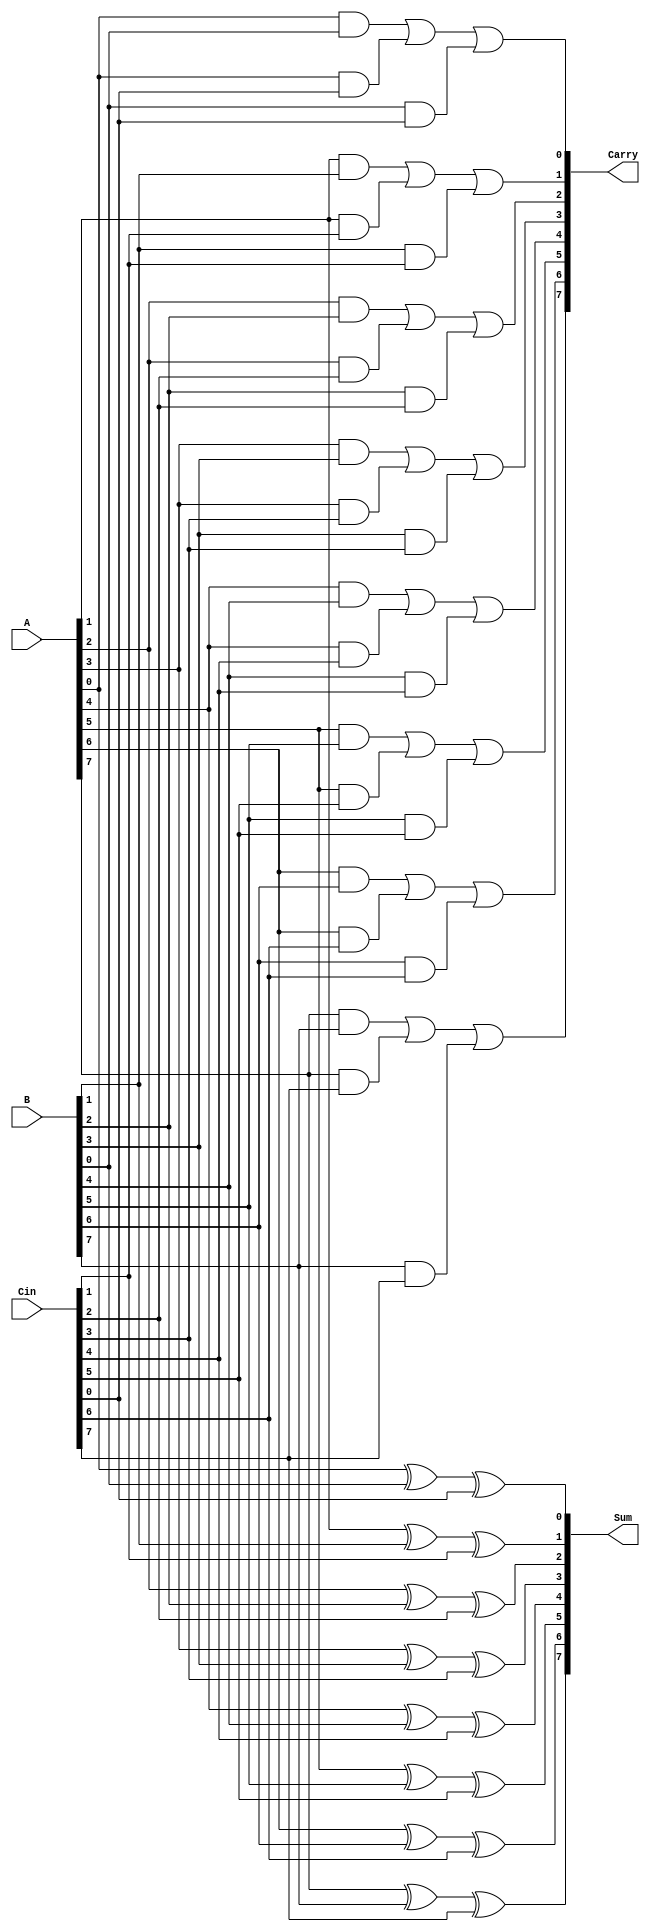
module CarrySaveAdder #(parameter n = 8) (
    input  [n-1:0] A,      // First operand
    input  [n-1:0] B,      // Second operand
    input  [n-1:0] Cin,    // Carry input
    output [n-1:0] Sum,     // Sum output
    output [n-1:0] Carry    // Carry output
);
    
    // Generate the Sum and Carry outputs
    genvar i;
    generate
        for (i = 0; i < n; i = i + 1) begin : CSA_logic
            assign Sum[i] = A[i] ^ B[i] ^ Cin[i]; // Sum calculation using XOR
            assign Carry[i] = (A[i] & B[i]) | (A[i] & Cin[i]) | (B[i] & Cin[i]); // Carry calculation using AND and OR
        end
    endgenerate

endmodule